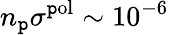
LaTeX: n_{\mathtt{p}}\sigma^{\mathrm{{\mathtt{p}ol}}}\sim10^{-6}